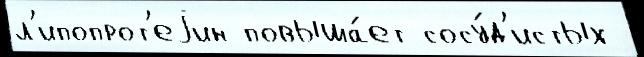
л'ипопрот'еjин повыша́ет сосу́д'истых